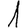
Digit: 1